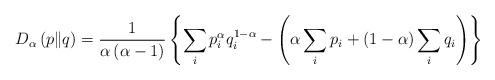
LaTeX: \begin{align*}D_{\alpha}\left(p\|q\right)=\frac{1}{\alpha\left(\alpha-1\right)}\left\lbrace \sum_{i}p^{\alpha}_{i}q^{1-\alpha}_{i}-\left(\alpha\sum_{i} p_{i}+\left(1-\alpha\right)\sum_{i}q_{i}\right)\right\rbrace \end{align*}